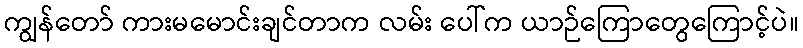
ကျွန်တော် ကားမမောင်းချင်တာက လမ်း ပေါ်က ယာဉ်ကြောတွေကြောင့်ပဲ။